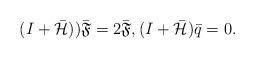
LaTeX: \begin{align*}(I+\bar{\mathcal{H}}))\bar{\mathfrak{F}}=2\bar{\mathfrak{F}}, (I+\bar{\mathcal{H}})\bar{q}=0.\end{align*}